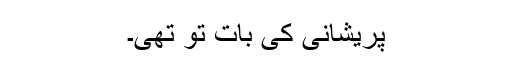
پریشانی کی بات تو تھی۔